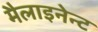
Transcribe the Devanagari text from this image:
मैलाइनेन्ट